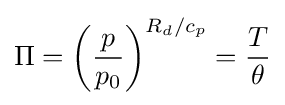
\Pi =\left({\frac {p}{p_{0}}}\right)^{R_{d}/c_{p}}={\frac {T}{\theta }}